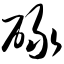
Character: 碌